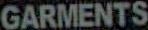
GARMENTS